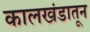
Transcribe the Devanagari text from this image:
कालखंडातून